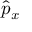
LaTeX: { \hat { p } } _ { x }